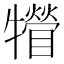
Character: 㹙